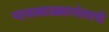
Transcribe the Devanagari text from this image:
पावसाळ्यानंतरचे